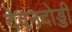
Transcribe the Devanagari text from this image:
देवनदोड्डी